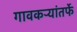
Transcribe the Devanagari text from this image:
गावकऱ्यांतर्फे